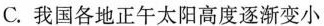
C.我国各地正午太阳高度逐渐变小